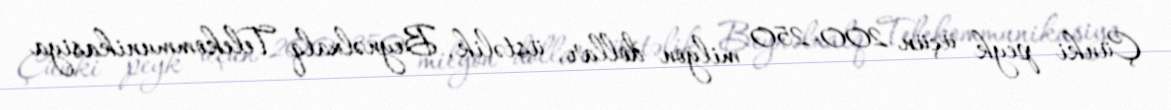
Çünki peyk üçün 200-250 milyon dollar, üstəlik, Beynəlxalq Telekommunikasiya